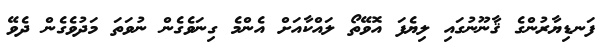
ފަނޑިޔާރުންގެ ޤާނޫނުގައި ލިޔެފަ އޮވޭތޯ ލައްކާއަށް އެންމެ ގިނަވެގެން ނުވަތަ މަދުވެގެން ދެވޭ